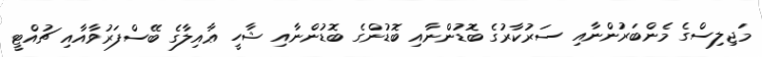
މަޖިލިސްގެ މެންބަރުންނާއި ސަރުކާރުގެ ބޮޑުންނާއި ބޮޑުންގެ ބޮޑުންނާއި ޝާހީ ޢާއިލާގެ ބޭސްފަރުވާއާއި ޗުއްޓީ